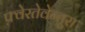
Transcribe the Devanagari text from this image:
फ़्वेरतेवेन्तूरा